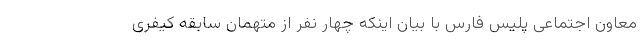
معاون اجتماعی پلیس فارس با بیان اینکه چهار نفر از متهمان سابقه کیفری